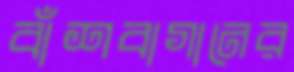
বাঁশবাগানের